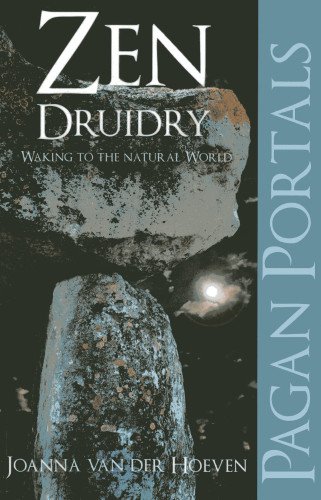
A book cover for Pagan Portal-Zen Druidry: Living a Natural Life, With Full Awareness (Pagan Portals); Joanna van der Hoeven; Religion & Spirituality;